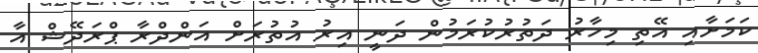
ކަމަށާއި އޭތި މިހާރު ދަތުރުކުރަމުން ދަނީ އިރު އުތުރަށް އަންދްރާ ޕްރަދޭޝް އާ